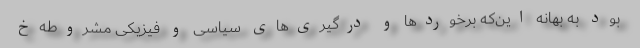
بود به بهانه این‌که برخوردها و درگیری‌های سیاسی و فیزیکی مشروطه‌خ